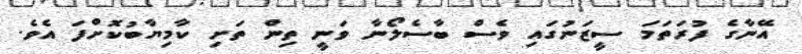
އޭނާގެ ފުރަތަމަ ސީޒަނުގައި ވެސް ބާސެލޯނާ ވަނީ ތިން ތަށި ކާމިޔާބުކޮށްފަ އެވެ.